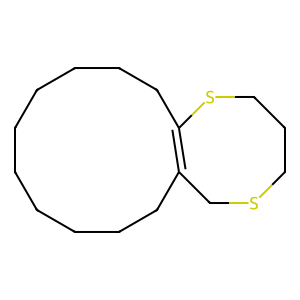
SMILES: C1CCCCCC2=C(CCCC1)CSCCCS2
Inhibits HIV replication: No